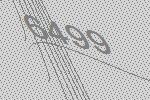
6499